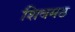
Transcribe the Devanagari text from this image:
शिवमठ